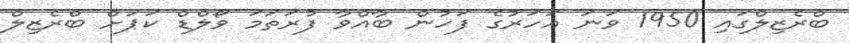
ބްރެޒިލްގައި 1950 ވަނަ އަހަރުގެ ފަހުން ބާއްވާ ފުރަތަމަ ވޯލްޑް ކަޕަށް ބްރެޒިލް